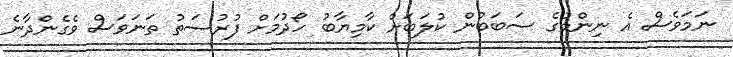
ނަމަވެސް އެ ނިންމުގެ ސަބަބުން ކުލަބަށް ކާމިޔާބު ހޯދުމަށް ފުރުސަތު ތަނަވަސް ވެގެންދާނެ